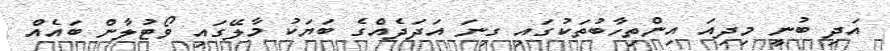
އަދި ބުނީ މިދިއަ އިންތިހާބުތަކުގައި ގިނަ އަދަދެއްގެ ބަޔަކު މާލޭގައި ވޯޓުލާން ބައެއް